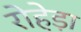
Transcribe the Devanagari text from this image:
रोहेड़ा